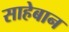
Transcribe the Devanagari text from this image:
साहेबान